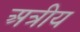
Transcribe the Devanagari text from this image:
अत्रीय